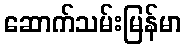
ဆောက်သမ်းမြန်မာ